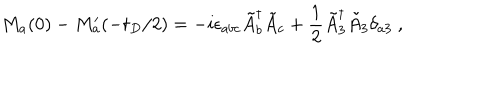
M _ { a } ( 0 ) - M _ { a } ^ { \prime } ( - t _ { D } / 2 ) = - i \epsilon _ { a b c } \tilde { A } _ { b } ^ { \dagger } \tilde { A } _ { c } + \frac { 1 } { 2 } \tilde { A } _ { 3 } ^ { \dagger } \tilde { A } _ { 3 } \delta _ { a 3 } ~ ,